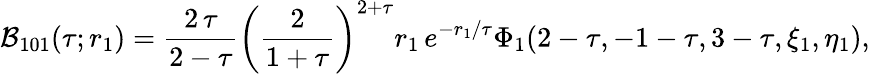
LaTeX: {\cal B}_{101}(\tau;{r}_{1})=\frac{2\, \tau}{2-\tau}\left(\frac{2}{1+\tau}\right)^{2+\tau}{r}_{1}\, e^{-r_{1}/\tau}\Phi_{1}(2-\tau,-1-\tau,3-\tau,\xi_{1},\eta_{1}),